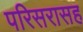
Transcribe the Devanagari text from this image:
परिसरासह